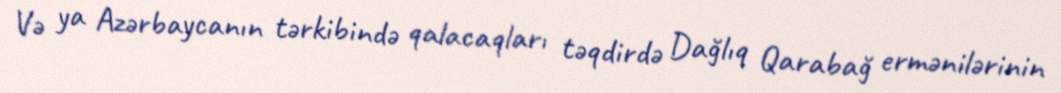
Və ya Azərbaycanın tərkibində qalacaqları təqdirdə Dağlıq Qarabağ ermənilərinin